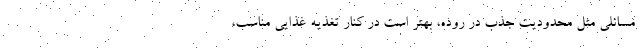
مسائلی مثل محدودیت جذب در روده، بهتر است در کنار تغذیه غذایی مناسب،